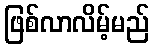
ဖြစ်လာလိမ့်မည်